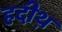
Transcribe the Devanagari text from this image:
हदीथ़